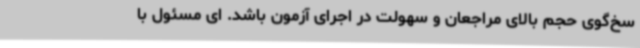
سخ‌گوی حجم بالای مراجعان و سهولت در اجرای آزمون باشد. ای مسئول با